画像に写った文字を読んでください
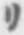
「リ」と書いてあります